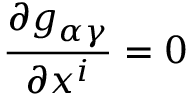
\frac { \partial g _ { \alpha \gamma } } { \partial x ^ { i } } = 0